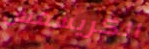
الكريسمس